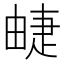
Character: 𤲣